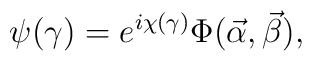
\psi(\gamma)=e^{i\chi(\gamma)}\Phi(\vec\alpha,\vec\beta),